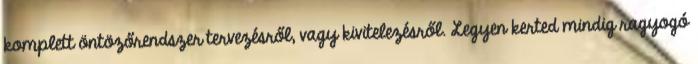
komplett öntözőrendszer tervezésről, vagy kivitelezésről. Legyen kerted mindig ragyogó